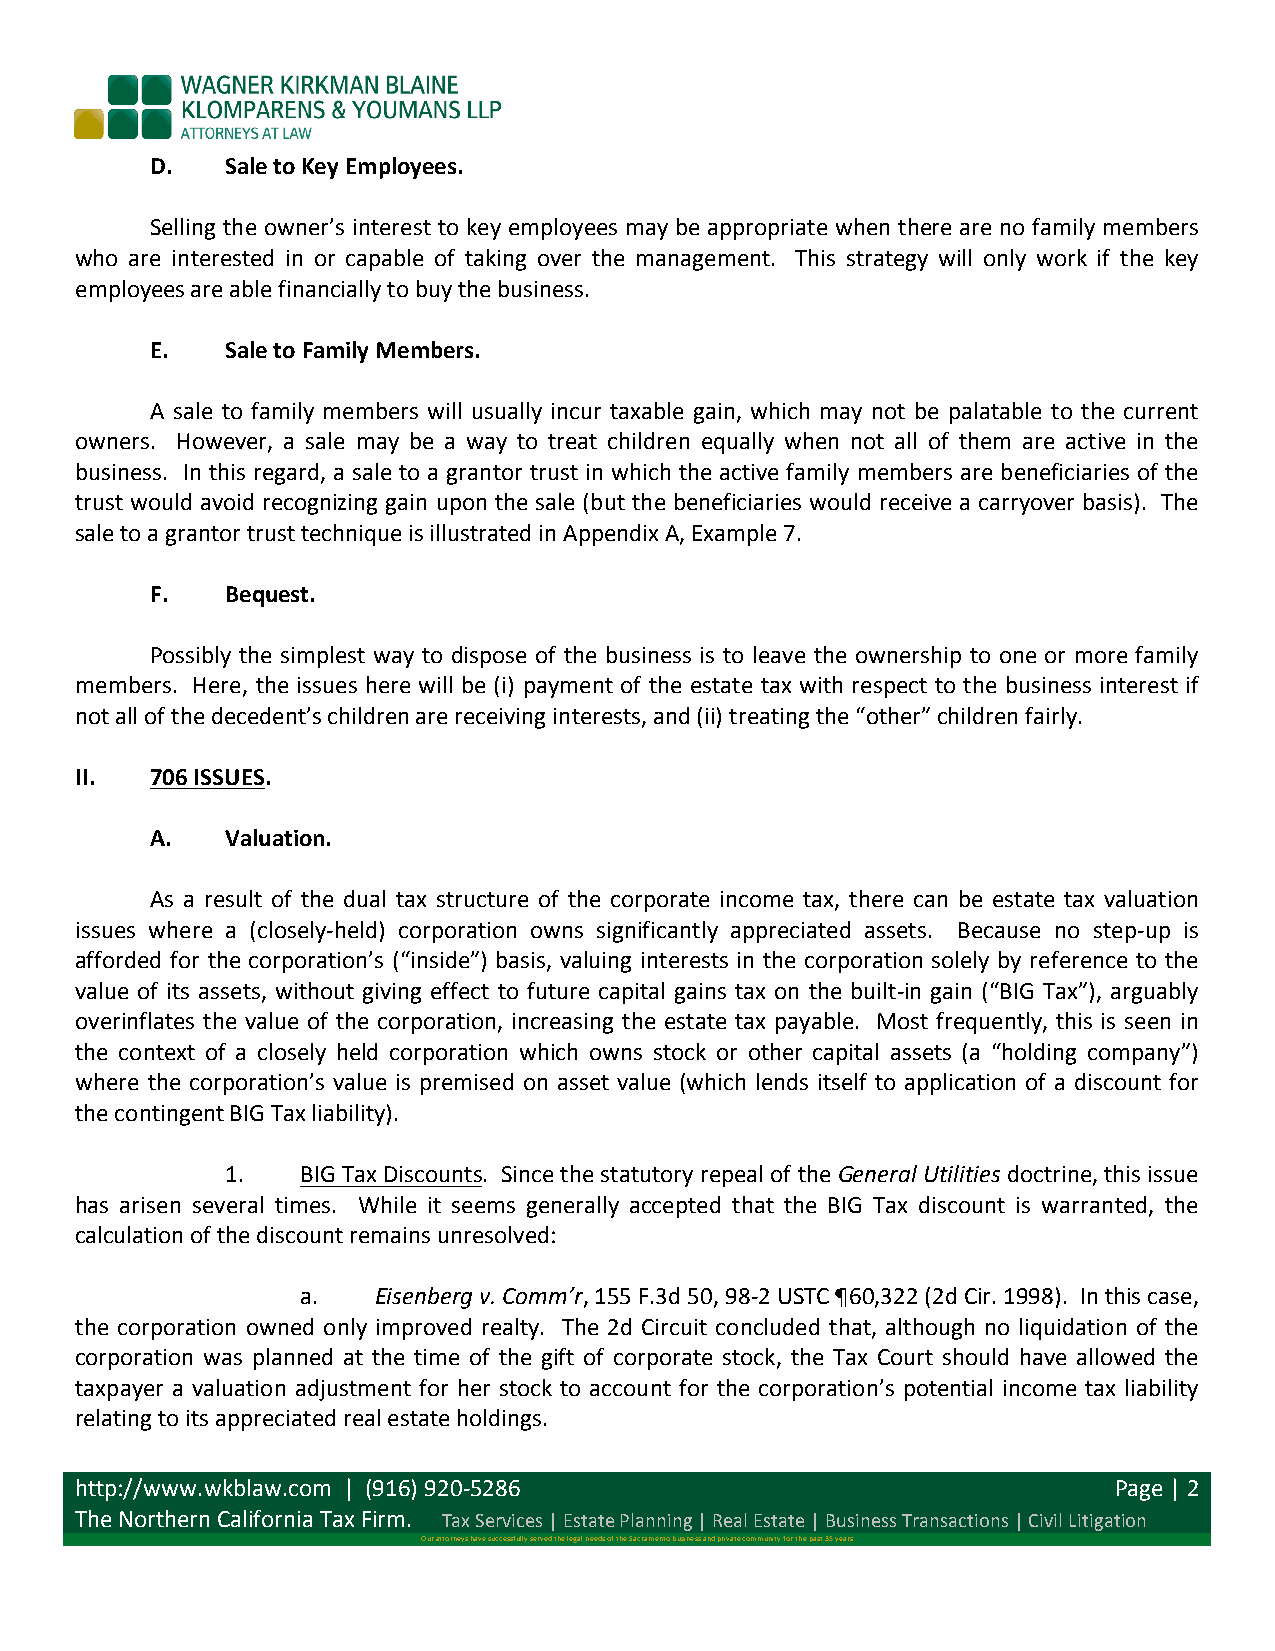
D.   Sale to Key Employees.
 Selling the owner’s interest to key employees may be appropriate when there are no family members
 who are interested in or capable of taking over the management. This strategy will only work if the key
 employees are able financially to buy the business.
 E.   Sale to Family Members.
 A sale to family members will usually incur taxable gain, which may not be palatable to the current
 owners. However, a sale may be a way to treat children equally when not all of them are active in the
 business. In this regard, a sale to a grantor trust in which the active family members are beneficiaries of the
 trust would avoid recognizing gain upon the sale (but the beneficiaries would receive a carryover basis). The
 sale to a grantor trust technique is illustrated in Appendix A, Example 7.
 F.   Bequest.
 Possibly the simplest way to dispose of the business is to leave the ownership to one or more family
 members. Here, the issues here will be (i) payment of the estate tax with respect to the business interest if
 not all of the decedent’s children are receiving interests, and (ii) treating the “other” children fairly.
 II.  706 ISSUES.
 A.   Valuation.
 As a result of the dual tax structure of the corporate income tax, there can be estate tax valuation
 issues where a (closely-­‐held) corporation owns significantly appreciated assets. Because no step-­‐up is
 afforded for the corporation’s (“inside”) basis, valuing interests in the corporation solely by reference to the
 value of its assets, without giving effect to future capital gains tax on the built-­‐in gain (“BIG Tax”), arguably
 overinflates the value of the corporation, increasing the estate tax payable. Most frequently, this is seen in
 the context of a closely held corporation which owns stock or other capital assets (a “holding company”)
 where the corporation’s value is premised on asset value (which lends itself to application of a discount for
 the contingent BIG Tax liability).
 1.   BIG Tax Discounts. Since the statutory repeal of the General Utilities doctrine, this issue
 has arisen several times. While it seems generally accepted that the BIG Tax discount is warranted, the
 calculation of the discount remains unresolved:
 a.   Eisenberg v. Comm’r, 155 F.3d 50, 98-­‐2 USTC ¶60,322 (2d Cir. 1998). In this case,
 the corporation owned only improved realty. The 2d Circuit concluded that, although no liquidation of the
 corporation was planned at the time of the gift of corporate stock, the Tax Court should have allowed the
 taxpayer a valuation adjustment for her stock to account for the corporation’s potential income tax liability
 relating to its appreciated real estate holdings.
 http://www.wkblaw.com | (916) 920-­‐5286                             Page | 2
 The Northern California Tax Firm. Tax Services | Estate Planning | Real Estate | Business Transactions | Civil Litigation
 Our attorneys have successfully served the legal needs of the Sacramento business and private community for the past 35 years